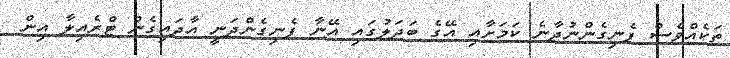
ތަކެއްވެސް ފެނިގެންނުދާނެ ކަމަށާއި އޭގެ ބަދަލުގައި އޭނާ ފެނިގެންދަނީ އާދައިގެން ޓްރެއިލާ އިން